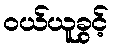
ဝယ်ယူခွင့်